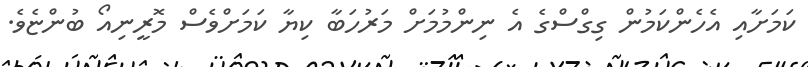
ކަމަށާއި އެހެންކަމުން ގިގްސްގެ އެ ނިންމުމަށް މަރުހަބާ ކިޔާ ކަމަށްވެސް މޮރީނިއޯ ބުންޏެވެ.